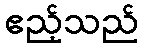
ဧည့်သည်